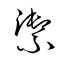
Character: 禦